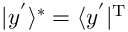
| y ^ { ' } \rangle ^ { * } = \langle y ^ { ' } | ^ { \mathrm { T } }